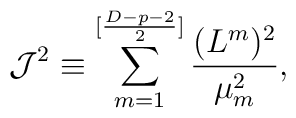
{\cal J}^2\equiv \sum^{[{{D-p-2}\over 2}]}_{m=1}{{(L^m)^2}\over{\mu^2_m}},